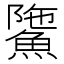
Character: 𩸻